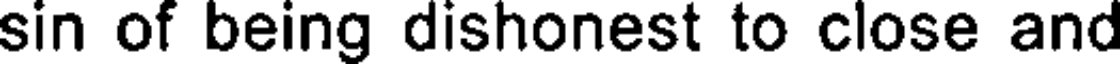
sin of being dishonest to close and